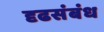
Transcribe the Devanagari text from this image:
दृढसंबंध